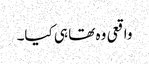
واقعی وہ تھا ہی کیا۔